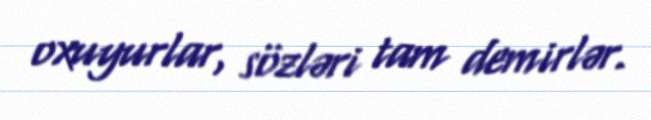
oxuyurlar, sözləri tam demirlər.